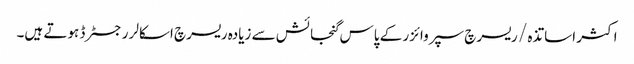
اکثر اساتذہ / ریسرچ سپروائزر کے پاس گنجائش سے زیادہ ریسرچ اسکالر رجسٹرڈ ہوتے ہیں۔